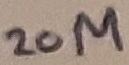
Text: 20M